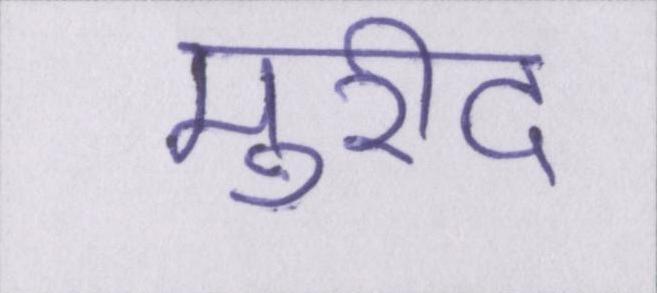
मुरीद